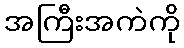
အကြီးအကဲကို